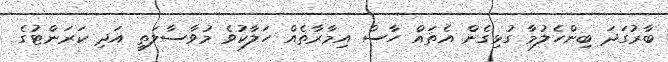
ބާރުގަދަ ބިންހެލުމާ ގުޅިގެން އެތައް ހާސް އިމާރާތެއް ހަލާކުވެ މުވާސާލަތީ އަދި ކަރަންޓުގެ